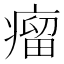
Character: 瘤